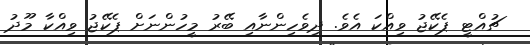
ޗުއްޓީ ޕެކޭޖު ވިއްކަ އެވެ. ދިވެހިންނާއި ބޭރު މީހުންނަށް ޕެކޭޖު ވިއްކާ މޫދު